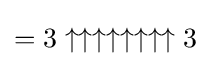
=3\uparrow \uparrow \uparrow \uparrow \uparrow \uparrow \uparrow \uparrow 3